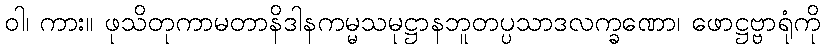
ဝါ၊ ကား။ ဖုသိတုကာမတာနိဒါနကမ္မသမုဋ္ဌာနဘူတပ္ပသာဒလက္ခဏော၊ ဖောဋ္ဌဗ္ဗာရုံကို